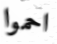
احموا